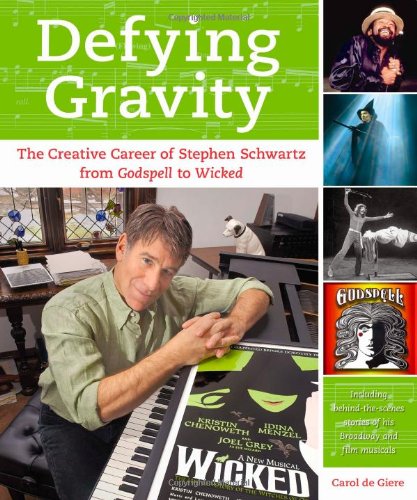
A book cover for Defying Gravity: The Creative Career of Stephen Schwartz, from Godspell to Wicked; Carol de Giere; Biographies & Memoirs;